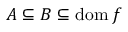
A \subseteq B \subseteq \operatorname { d o m } f